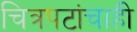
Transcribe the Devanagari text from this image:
चित्रपटांचाही